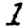
Digit: 1